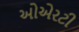
ઓએરટી